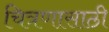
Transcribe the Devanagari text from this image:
चित्रणासाठी